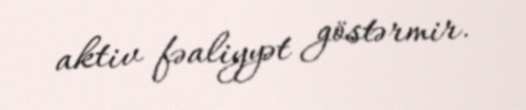
aktiv fəaliyyət göstərmir.